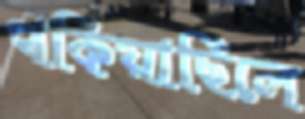
থকিয়াছিলে